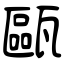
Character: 甌